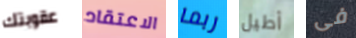
عقوبتك الاعتقاد ربما أطيل فى